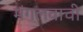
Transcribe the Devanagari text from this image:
मंगलवाची